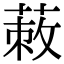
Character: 蓛